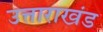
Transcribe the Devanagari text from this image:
उत्ताराखंड